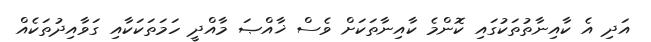
އަދި އެ ކާއިނާތުތަކުގައި ކޮންމެ ކާއިނާތަކަށް ވެސް ޚާއްޞަ މާއްދީ ހަމަތަކަކާއި ގަވާއިދުތަކެއް